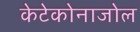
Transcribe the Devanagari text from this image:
केटेकोनाजोल